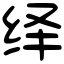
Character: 绎